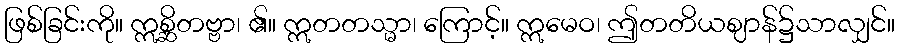
ဖြစ်ခြင်းကို။ ဣစ္ဆိတဗ္ဗာ၊ ၏။ ဣတတသ္မာ၊ ကြောင့်။ ဣမေဝ၊ ဤတတိယဈာန်၌သာလျှင်။